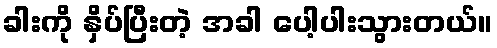
ခါးကို နှိပ်ပြီးတဲ့ အခါ ပေါ့ပါးသွားတယ်။